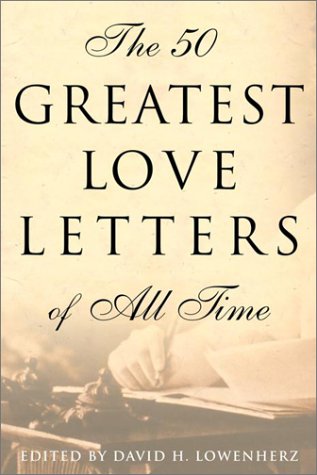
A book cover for The 50 Greatest Love Letters of All Time; David Lowenherz; Literature & Fiction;